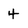
Character: 4